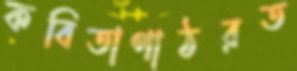
কবিতাপাঠরত